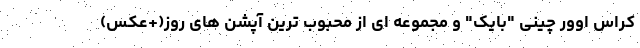
کراس اوور چینی "بایک" و مجموعه ای از محبوب ترین آپشن های روز(+عکس)